Leaving Certificate Examination, 1908
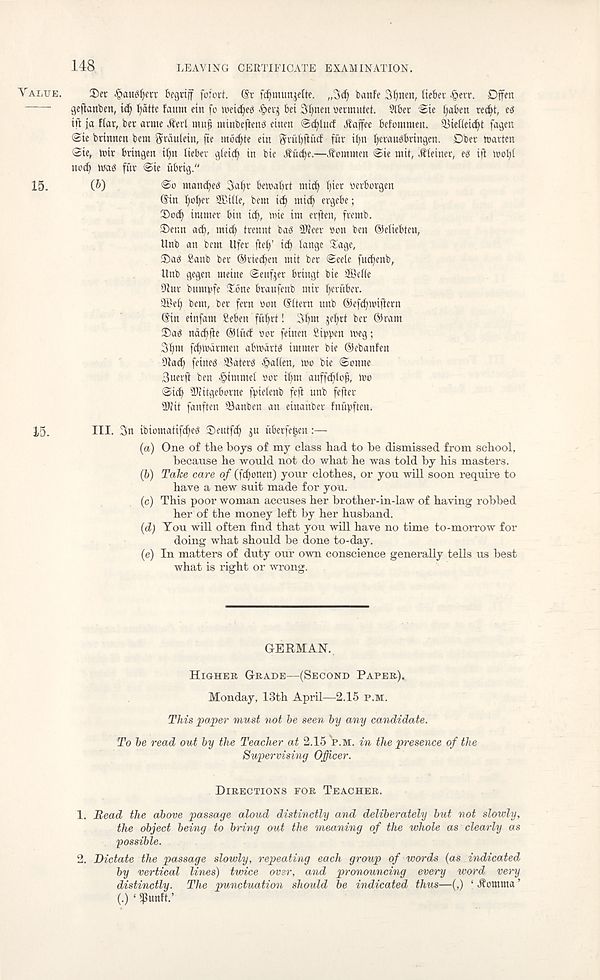
148
LEAVING CERTIFICATE EXAMINATION.
VALUE.
3)et ^auMjert Segrijf for'ort. ®r f^munjelte. „3c^ banfe 3^nen, (ieBec .6ecr. Dffen
gefianbcn,
l)dttc faum tin fo iveid^cg |»evj bet 3§nett ueimutct. 9lber Sie t;aben rec^t, eS
tft {a flat, bet arme Aert mug minbefienS einen ©c^lucf .Raffee befomwen. lUeKetcfyt fagen
@ie btinnctt bem gcdulein, fte incite ein gvubftucf fur ilm {(erauSbringen. Dbet toavten
Ste, tttt bttngett tl;n tiebet gteicf) in bie .Sucbe.—itommen @ie wit, Steiner, eg tft tnofyi
uoc^ wag fftt <Sie ubrig."
15.
(b)
mancfyeg 3at)v bewabrt mic^ I)iet tievbotgen
(5in Ijobcr SEitte, bem id} mid} ergebe ;
Sod} intwet bin id}, wie iw erften, ftemb.
Senn ad), mid) trennt bag iffieev Bon ben ©eiiebten,
Unb an bem Ufer ftet)’ id} tange Sage,
Sag 8anb bet ©riedjen mit bet Seek fud)enb,
Unb gegen meine ©eufjer bringt bie ffiefie
Slur bumpfe Xbne braufenb mit ^eritber.
Sfiki) bem, bet fern Bon ©item unb @efd)miftetn
(Sin einfam i l eben ffd)tt! 3t)m je^rt bet @ram
Sag ndcbfte ®litd Bor feinen Sippen weg;
3i)m fd)watmeit abwdrtg immer bie ©ebanfen
Slad) feineg SSaterg .&affen, wo bie (Sonne
Buevft ben ^immel Bor iijm anffd)lo}j, Wo
Sid) SKitgeborne fpietenb feft unb fefter
iDiit fanften (Banben an einanbet fniipften.
3,5.
III. 3n ibiomatifd}eg Seutfc^ ju iiberfegen :—
(a) One of the boys of my class had to he dismissed from school,
because he would not do what he was told by his masters.
(b) Take care of (fd)onen) your clothes, or you will soon require to
hare a new suit made for you.
(c) This poor woman accuses her brother-in-law of having robbed
her of the money left by her husband.
(d) You will often find that you will have no time to-morrow for
doing what should be done to-day.
(e) In matters of duty our own conscience generally tells us best
what is right or wrong.
GERMAN.
HIGHER GRADE—(SECOND PAPER).
Monday, 13th April—2.15 P.M.
This 'paper must not be seen by any candidate.
To be read out by the Teacher at 2.15 P.M. in the presence of the
Supervising Officer.
DIRECTIONS FOR TEACHER.
1. Bead the above passage aloud distinctly and deliberately but not slowly,
the object being to bring out the meaning of the whole as clearly as
possible.
2. Dictate the passage slowly, repeating each group of words (as indicated
by vertical lines) twice over, and pronouncing every word very
distinctly. The punctuation should be indicated thus—(,) ‘ Komma ’
(.) ‘ «Punft.’